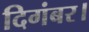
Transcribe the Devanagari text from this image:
दिगंबर।